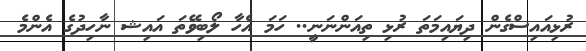
ރުޅިއައިސްގެން ދިޔައިމަތަ ރުޅި ތިއަންނަނީ.. ހަމަ އެހާ ލޯބިވޭތަ އައިޝ ނާހިދުގެ އެންމެ